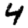
Digit: 4